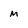
Character: m